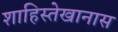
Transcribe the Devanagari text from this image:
शाहिस्तेखानास